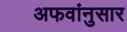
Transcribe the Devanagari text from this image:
अफवांनुसार